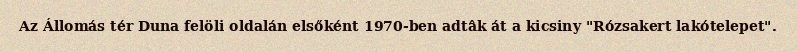
Az Állomás tér Duna felöli oldalán elsőként 1970-ben adtâk át a kicsiny "Rózsakert lakótelepet".